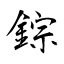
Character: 錝